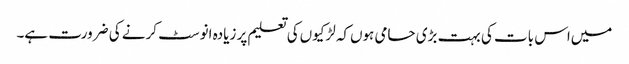
میں‌اس بات کی بہت بڑی حامی ہوں‌کہ لڑکیوں‌کی تعلیم پر زیادہ انوسٹ کرنے کی ضرورت ہے۔